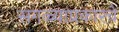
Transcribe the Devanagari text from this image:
सगळ्याप्रकारचे